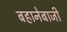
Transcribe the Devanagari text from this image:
बहानेबाजी